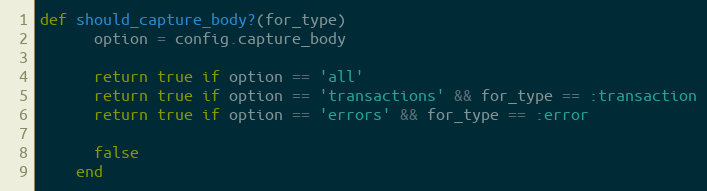
Language: Ruby
def should_capture_body?(for_type)
      option = config.capture_body

      return true if option == 'all'
      return true if option == 'transactions' && for_type == :transaction
      return true if option == 'errors' && for_type == :error

      false
    end